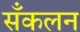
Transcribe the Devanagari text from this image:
सँकलन